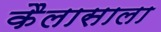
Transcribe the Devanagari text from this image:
कैलासाला